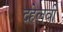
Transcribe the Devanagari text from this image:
दहेलवी